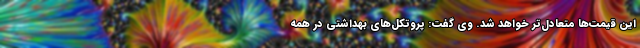
این قیمت‌ها متعادل‌تر خواهد شد. وی گفت: پروتکل‌های بهداشتی در همه